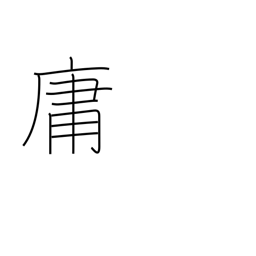
Meaning: commonplace